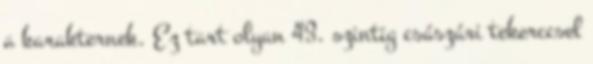
a karakternek. Ez tart olyan 43. szintig császári tekerccsel